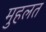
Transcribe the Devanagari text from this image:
मुहलत